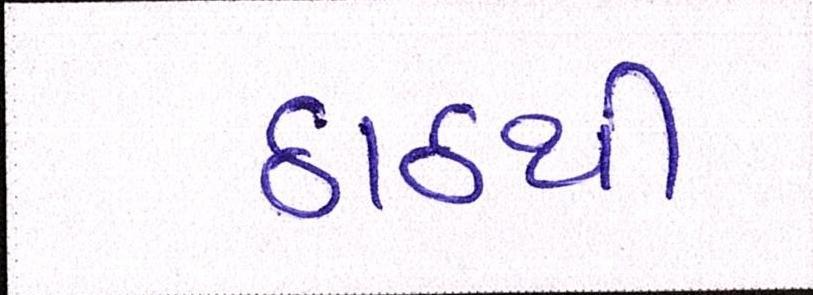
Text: ઠાઠથી